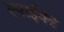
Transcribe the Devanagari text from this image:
स्पाईक्ड